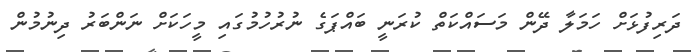
ދަރިފުޅަށް ހަމަލާ ދޭން މަސައްކަތް ކުރަނީ ބައްޕަގެ ނުރުހުމުގައި މީހަކަށް ނަންބަރު ދިނުމުން